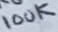
Text: 100K